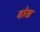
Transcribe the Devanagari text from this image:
बोख